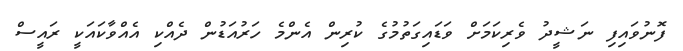
ފޮނުވައިފި ނަޝީދު ވެރިކަމަށް ވަޑައިގަތުމުގެ ކުރިން އެންމެ ހަރުއަޑުން ދެއްކި އެއްވާކައަކީ ރައީސް